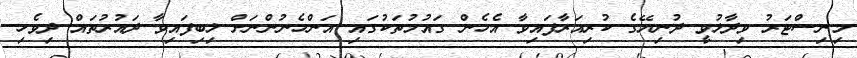
މިނިސްޓަރު ވިދާޅުވީ ދުނިޔޭގެ ކުރިއަރާފައިވާ އެހެން ގައުމުތަކުގައި އަންހެނުންނަށް ލިބިފައިވާ ދައުރުތައް ދިވެހި